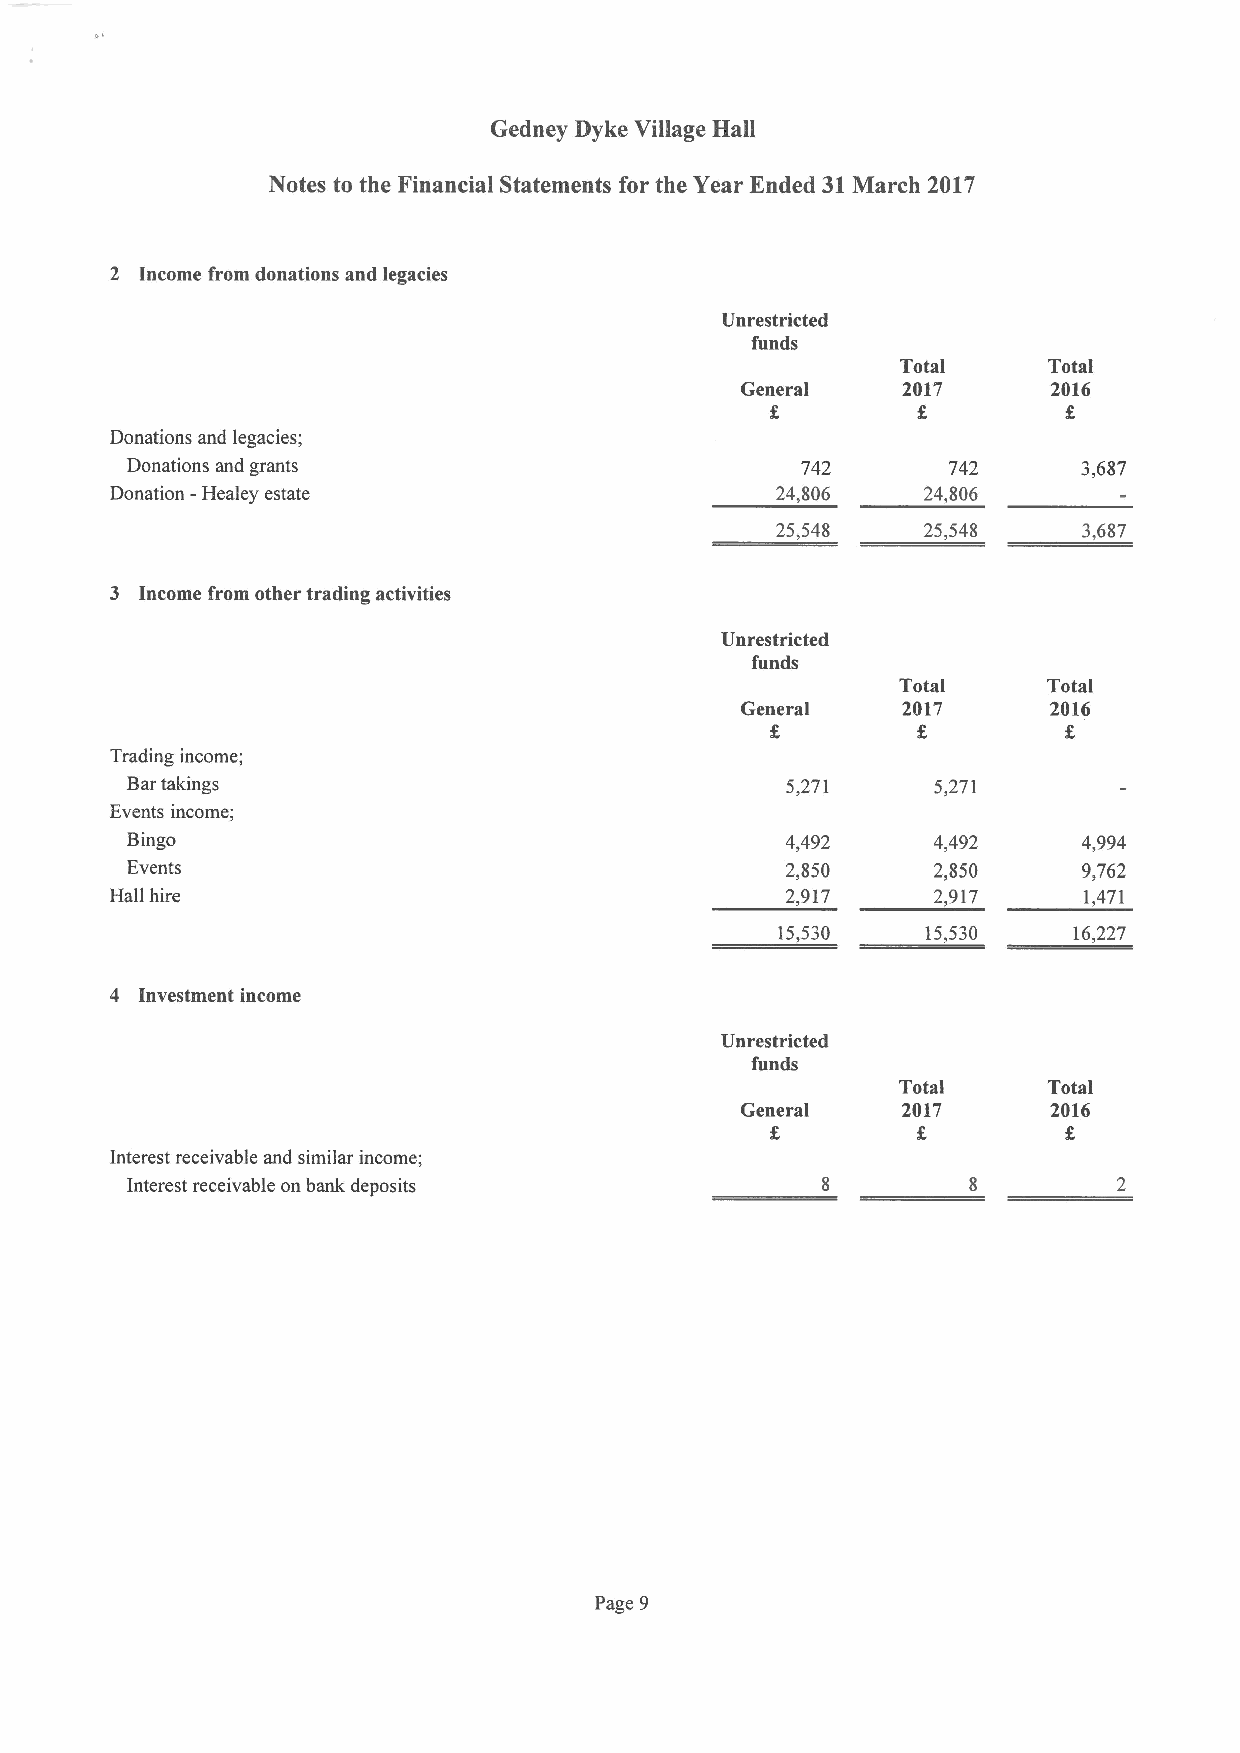
Gedney Dyke Village Hall
 Notes to the Financial Statements for the Year Ended 31March 2017
 2 Income from donations and legacies
 Unrestricted
 funds
 Total    Total
 General    2017      2016
 Donations and legacies;
 Donations and grants                         742       742      3,687
 Donation - Healey estate                    24,806    24,806
 25,548    25,548     3,687
 3 Income from other trading activities
 Unrestricted
 funds
 Total    Total
 General    2017      2016
 Trading income;
 Bar takings                                 5,271     5,271
 Events income;
 Bingo                                       4,492     4,492     4,994
 Events                                      2,850     2,850     9,762
 Hall hire                                    2,917     2,917     1,471
 15,530    15,530    16,227
 4 Investment income
 Unrestricted
 funds
 Total    Total
 General    2017      2016
 Interest receivable and similar income;
 Interest receivable on bank deposits
 Page 9